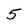
Character: 5